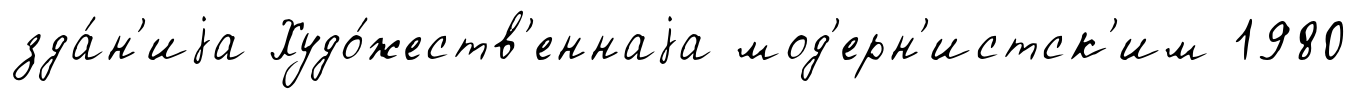
зда́н'иjа Худо́жеств'еннаjа мод'ерн'истск'им 1980